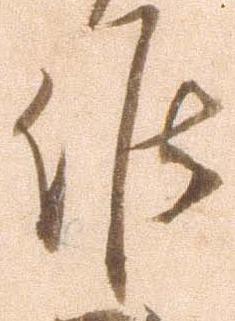
候